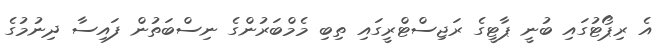
އެ ރިޕޯޓުގައި ބުނީ ޕާޓީގެ ރަޖިސްޓްރީގައި ތިބި މެމްބަރުންގެ ނިސްބަތުން ފައިސާ ދިނުމުގެ